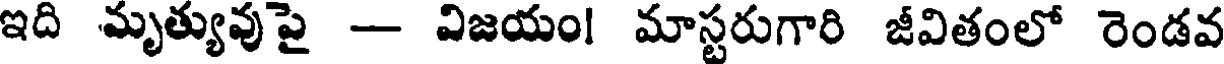
ఇది మృత్యువుపై -- విజయం! మాస్టరుగారి జీవితంలో రెండవ